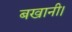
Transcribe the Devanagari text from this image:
बखानी।